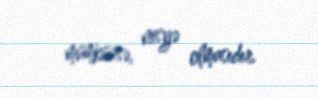
mümkünsə, nisyə olmasıdır.